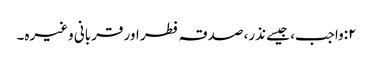
٢:واجب، جیسے نذر، صدقہ فطر اور قربانی وغیرہ۔